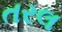
તરલ